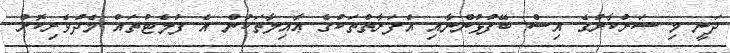
ދަނީ މި ސަރުކާރުގެ އިސް ބޭފުޅުންނާއި އެފަރާތްތަކުގެ ޢާއިލާތަކުން އެ ފުލެޓުތައް މެދުވެރިކޮށް